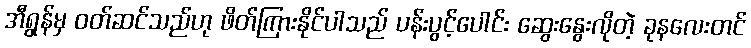
အီရွန်မှ ဝတ်ဆင်သည်ဟု ဖိတ်ကြားနိုင်ပါသည် ပန်းပွင့်ပေါင်း ဆွေးနွေးလိုတဲ့ ခုနလေးတင်